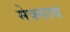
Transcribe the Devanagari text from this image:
मेक्साब